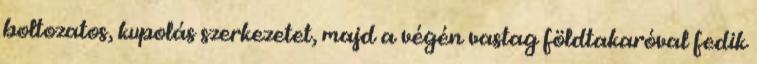
boltozatos, kupolás szerkezetet, majd a végén vastag földtakaróval fedik